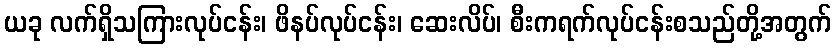
ယခု လက်ရှိသကြားလုပ်ငန်း၊ ဖိနပ်လုပ်ငန်း၊ ဆေးလိပ်၊ စီးကရက်လုပ်ငန်းစသည်တို့အတွက်